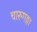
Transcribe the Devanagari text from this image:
चारुगङ्गा